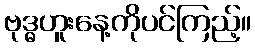
ဗုဒ္ဓဟူးနေ့ကိုပင်ကြည့်။